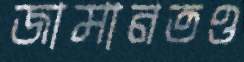
জামানতও